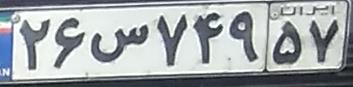
۲۶س۷۴۹۵۷